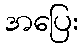
အပြေး